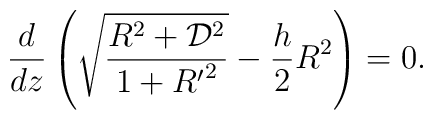
{d\over dz}\left(\sqrt{R^2 + {\cal D}^2\over 1 + {R'}^2}- {h\over 2} R^2\right) =0.